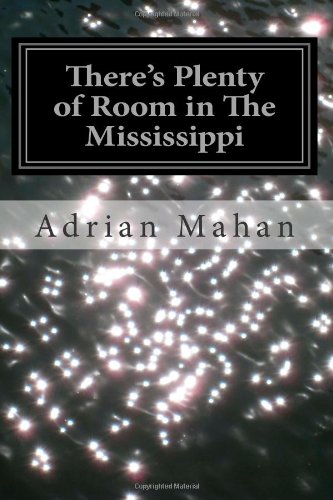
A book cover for There's Plenty of Room in The Mississippi; Adrian Mahan; Literature & Fiction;